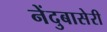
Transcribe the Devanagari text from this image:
नेंदुबासेरी